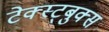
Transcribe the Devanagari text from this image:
टेक्स्ट्बुक्स